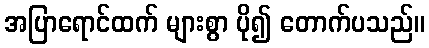
အပြာရောင်ထက် များစွာ ပို၍ တောက်ပသည်။